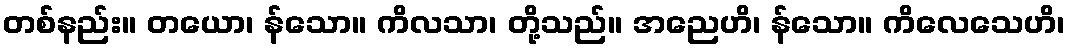
တစ်နည်း။ တယော၊ န်သော။ ကိလသာ၊ တို့သည်။ အညေဟိ၊ န်သော။ ကိလေသေဟိ၊